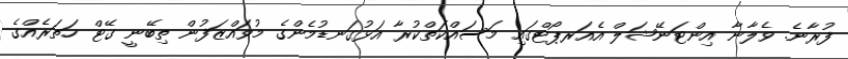
ފުރާނެ. ވެލާނާ އިންޓަނޭޝަލް އެއަރޕޯޓްގައި މަސައްކަތްކުރާ އަޅުގަނޑުމެންގެ މުވައްޒަފުން ތިބޭނީ ގޭޓް ހަތަރެއްގެ